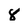
Character: 8